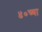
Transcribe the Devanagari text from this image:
४०च्या